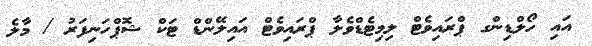
އައި ހޯލްޑިންގ ޕްރައިވެޓް ލިމިޓެޑްވެލާ ޕްރައިވެޓް އައިލޭންޑް ޓަކް ޝޮޕްހަނިފަރު / މާލެ